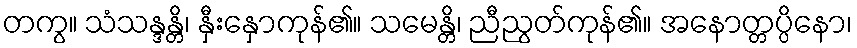
တကွ။ သံသန္ဒန္တိ၊ နှီးနှောကုန်၏။ သမေန္တိ၊ ညီညွတ်ကုန်၏။ အနောတ္တပ္ပိနော၊